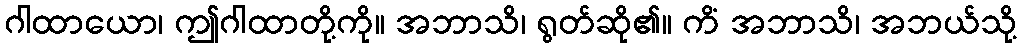
ဂါထာယော၊ ဤဂါထာတို့ကို။ အဘာသိ၊ ရွတ်ဆို၏။ ကိံ အဘာသိ၊ အဘယ်သို့